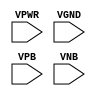
module sky130_fd_sc_lp__tap (
    VPWR,
    VGND,
    VPB ,
    VNB
);

    // Module ports
    input VPWR;
    input VGND;
    input VPB ;
    input VNB ;
     // No contents.
endmodule